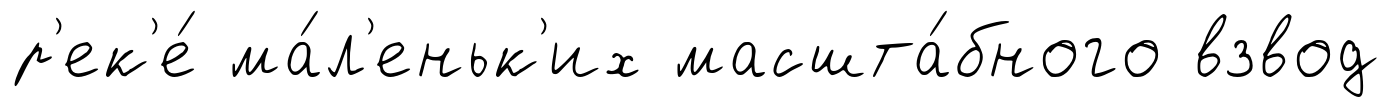
р'ек'е́ ма́л'еньк'их масшта́бного взвод